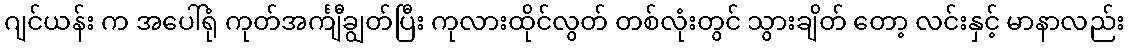
ဂျင်ယန်း က အပေါ်ရုံ ကုတ်အင်္ကျီချွတ်ပြီး ကုလားထိုင်လွတ် တစ်လုံးတွင် သွားချိတ် တော့ လင်းနှင့် မာနာလည်း